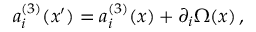
a _ { i } ^ { ( 3 ) } ( x ^ { \prime } ) = a _ { i } ^ { ( 3 ) } ( x ) + \partial _ { i } \Omega ( x ) \, ,